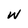
Character: w